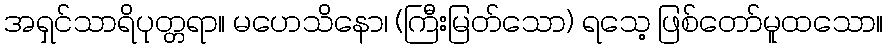
အရှင်သာရိပုတ္တရာ။ မဟေသိနော၊ (ကြီးမြတ်သော) ရသေ့ ဖြစ်တော်မူထသော။